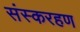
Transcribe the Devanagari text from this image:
संस्करहण